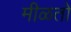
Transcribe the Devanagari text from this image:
मीळतो